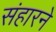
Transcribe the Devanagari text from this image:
संहारने